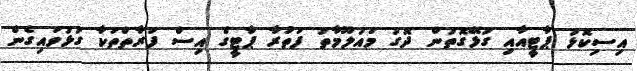
އިސިކޮޅު ޕާޓީއާއި ގުޅޭގޮތުން ދޮގު މައުލޫމާތު ފަތުރާ ޕާޓީގެ އިސް ފަރާތްތަކާ ގުޅުވައިގެން